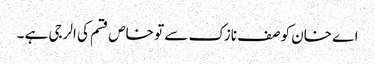
اے خان کو صف نازک سے تو خاص قسم کی الرجی ہے ۔